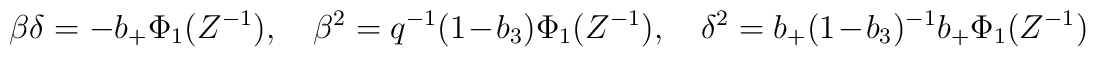
\beta\delta = - b_+ \Phi_1(Z^{-1}), \quad \beta^2 = q^{-1}(1-b_3)\Phi_1(Z^{-1}), \quad \delta^2 = b_+(1-b_3)^{-1}b_+ \Phi_1(Z^{-1})